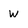
Character: w